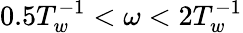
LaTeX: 0.5T_{w}^{-1}<\omega<2T_{w}^{-1}